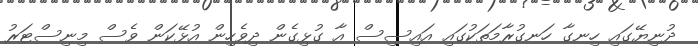
ދުނިޔޭގައި ހިނގާ ހަނގުރާމަތަކުގައި އައިސިސް އާ ގުޅިގެން ދިވެހިން އުޅޭކަން ވެސް މިނިސްޓަރު